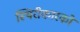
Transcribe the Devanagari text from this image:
स्थिरीकारकों